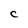
Character: C